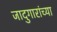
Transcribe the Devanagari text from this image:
जादुगारांच्या